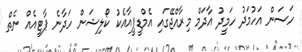
ހަސަން އަހުމަދު ހަމީދު އާދަމް މިރާއްޖޭގައި އެމްޑީޕީއާއެކު ކޯލިޝަން ހަދާނެ ޕާޓީއެއް ނެތް